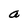
Character: a